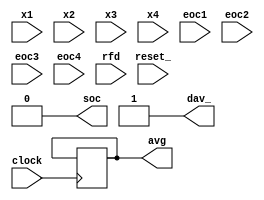
module ABC (
    x1, x2, x3, x4,
    eoc1, eoc2, eoc3, eoc4,
    soc,
    clock, reset_,
    dav_, rfd, avg
);

    input clock, reset_;

    input[7:0] x1, x2, x3, x4;
    input eoc1, eoc2, eoc3, eoc4;
    output soc;

    output dav_;
    input rfd;

    output[7:0] avg;

    reg SOC; assign soc = SOC;
    reg DAV_; assign dav_ = DAV_;
    reg[7:0] AVG; assign avg = AVG;

    reg[1:0] STAR;
    localparam S0 = 0, S1 = 1, S2 = 2, S3 = 3;

    always @(reset_ == 0) #1
    begin
        SOC <= 0;
        DAV_ <= 1;
        STAR <= S0;
    end

    always @(posedge clock) if (reset_ == 1) #3
    casex (STAR)
        S0: begin
            SOC <= 1;
            STAR <= ({eoc1, eoc2, eoc3, eoc4} == 4'b0000) ? S1 : S0;
        end
        S1: begin
            SOC <= 0;
            AVG <= (x1 + x2 + x3 + x4) / 4;
            STAR <= ({eoc1, eoc2, eoc3, eoc4} == 4'b1111) ? S2: S1;
        end
        S2: begin
            DAV_ <= 0;
            STAR <= rfd ? S3 : S0;
        end
        S3: begin
            DAV_ <= 1;
            STAR <= rfd ? S3 : S0;
        end
    endcase
endmodule